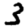
Digit: 3